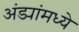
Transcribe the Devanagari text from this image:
अंड्यांमध्ये